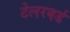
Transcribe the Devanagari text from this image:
टेलरबर्ड